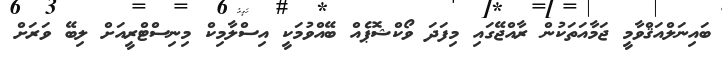
ބައިނަލްއަޤްވާމީ ޖަމާއަތަކުން ރާއްޖޭގައި މިފަދަ ވޯކްޝޮޕެއް ބޭއްވުމަކީ އިސްލާމިކް މިނިސްޓްރީއަށް ލިބޭ ވަރަށް